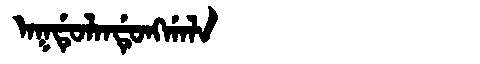
Manchu: ᠠᡴᡩᡠᠯᠠᠨᡩᡠᠩᡤᠠᠯᠠ
Romanization: AKDULANDUNGGALA